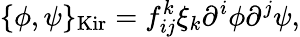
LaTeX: \{ \phi,\psi\} _{\mathrm{Kir}}=f_{ij}^{k}\xi_{k}\partial^{i}\phi\partial^{j}\psi,